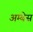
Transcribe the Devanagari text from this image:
अम्बेस